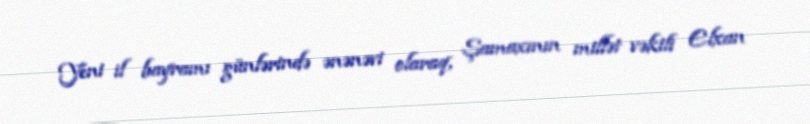
Yeni il bayramı günlərində ənənəvi olaraq, Şamaxının millət vəkili Elxan